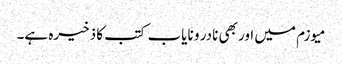
میوزم میں اور بھی نادر و نایاب کتب کا ذخیرہ ہے۔